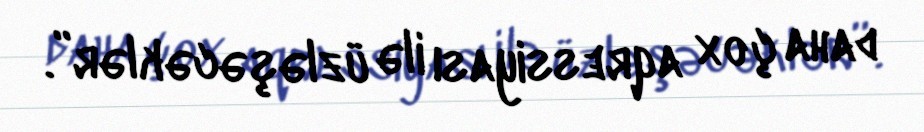
daha çox aqressiyası ilə üzləşəcəklər”.